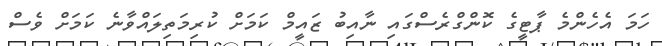
ހަމަ އެހެންމެ ޕާޓީގެ ކޮންގްރެސްގައި ނާއިބު ޒައީމް ކަމަށް ކުރިމަތިލައްވާނެ ކަމަށް ވެސް